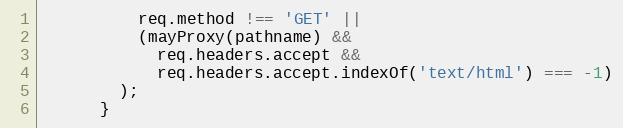
Language: JavaScript
          req.method !== 'GET' ||
          (mayProxy(pathname) &&
            req.headers.accept &&
            req.headers.accept.indexOf('text/html') === -1)
        );
      }